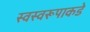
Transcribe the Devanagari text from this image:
स्वस्वरूपाकडे